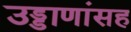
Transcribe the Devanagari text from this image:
उड्डाणांसह